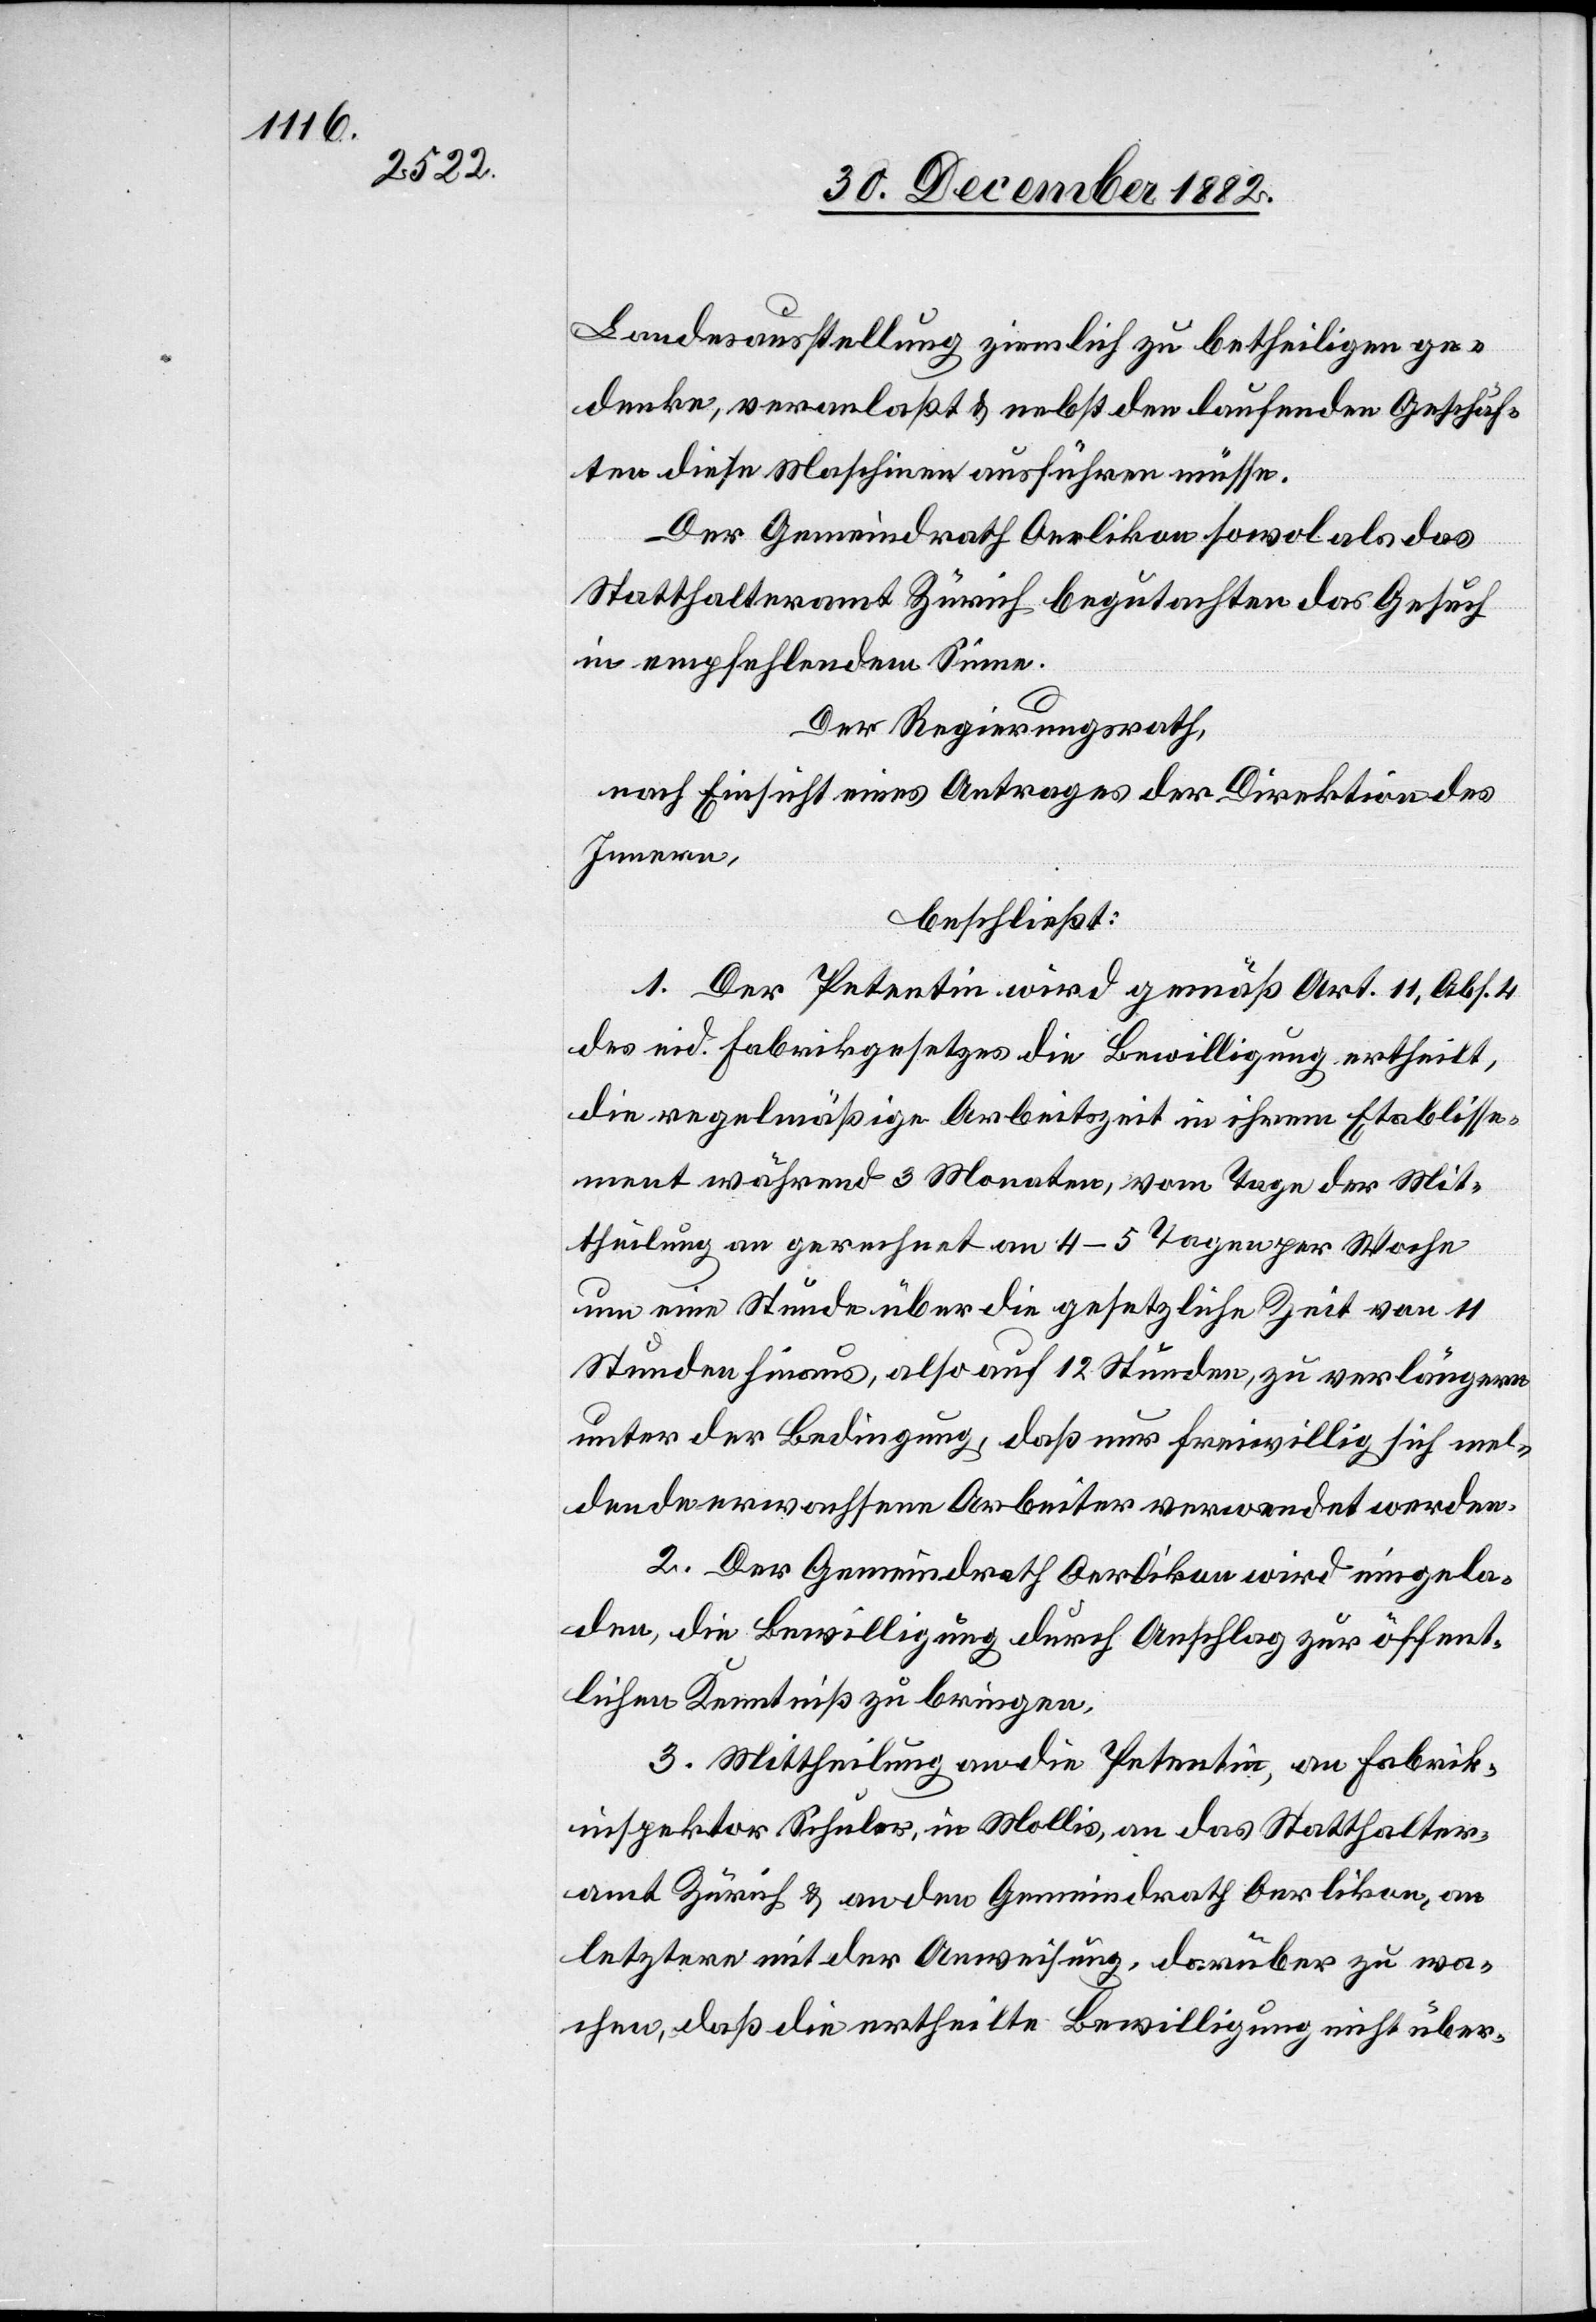
Landesausstellung ziemlich zu betheiligen ge¬
denke, veranlaßt & nebst den laufenden Geschäf¬
ten diese Maschinen ausführen müsse.
Der Gemeindrath Oerlikon sowol als das
Statthalteramt Zürich begutachten das Gesuch
in empfehlendem Sinne.
Der Regierungsrath,
nach Einsicht eines Antrages der Direktion des
Innern,
beschließt:
1. Der Petentin wird gemäß Art. 11, Abs. 4
des eid. Fabrikgesetzes die Bewilligung ertheilt,
die regelmäßige Arbeitszeit in ihrem Etablisse¬
ment während 3 Monaten, vom Tage der Mit¬
theilung an gerechnet an 4–5 Tagen per Woche
um eine Stunde über die gesetzliche Zeit von 11
Stunden hinaus, also auf 12 Stunden, zu verlängern
unter der Bedingung, daß nur freiwillig sich mel¬
dende erwachsene Arbeiter verwendet werden.
2. Der Gemeindrath Oerlikon wird eingela¬
den, die Bewilligung durch Anschlag zur öffent¬
lichen Kenntniß zu bringen.
3. Mittheilung an die Petentin, an Fabrik¬
inspektor Schuler, in Mollis, an das Statthalter¬
amt Zürich & an den Gemeindrath Oerlikon, an
letztere mit der Anweisung, darüber zu wa¬
chen, daß die ertheilte Bewilligung nicht über-